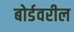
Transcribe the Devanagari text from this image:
बोर्डवरील